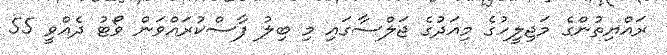
ރައްޔިތުންގެ މަޖިލީހުގެ މިއަދުގެ ޖަލްސާގައި މި ބިލު ފާސްކުރައްވަން ވޯޓު ދެއްވީ 55